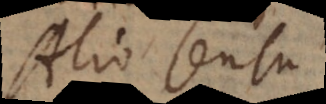
Alio sensu